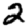
Digit: 2